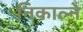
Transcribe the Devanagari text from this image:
निकाल्ने